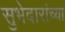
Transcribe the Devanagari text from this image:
सुभेदारांच्या